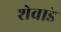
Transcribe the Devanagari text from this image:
शेवाडे